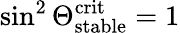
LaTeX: \sin^{2}\Theta_{\mathrm{stable}}^{\mathrm{crit}}=1